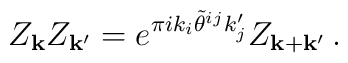
Z_{{\bf k}}Z_{{\bf k}'}= e^{\pi i k_{i}\tilde \theta^{ij}k'_{j}} Z_{{\bf k}+{\bf k}' } \, .